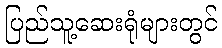
ပြည်သူ့ဆေးရုံများတွင်